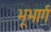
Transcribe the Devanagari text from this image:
भूभार्ग